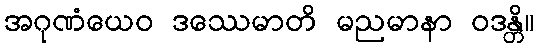
အဂုဏံယေဝ ဒဿေမာတိ မညမာနာ ဝဒန္တိ။